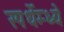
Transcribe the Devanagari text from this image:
स्पर्धेम्ध्ये